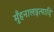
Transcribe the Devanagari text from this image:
मुँहनालइत्यादि